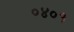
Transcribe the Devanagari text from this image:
०४०१